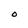
Character: O